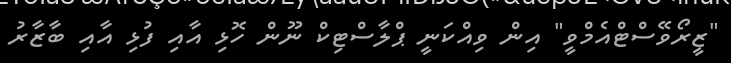
"ޒީރޯވޭސްޓްއެމްވީ" އިން ވިއްކަނީ ޕްލާސްޓިކް ނޫން ހޮޅި އާއި ފުޅި އާއި ބާޒާރު